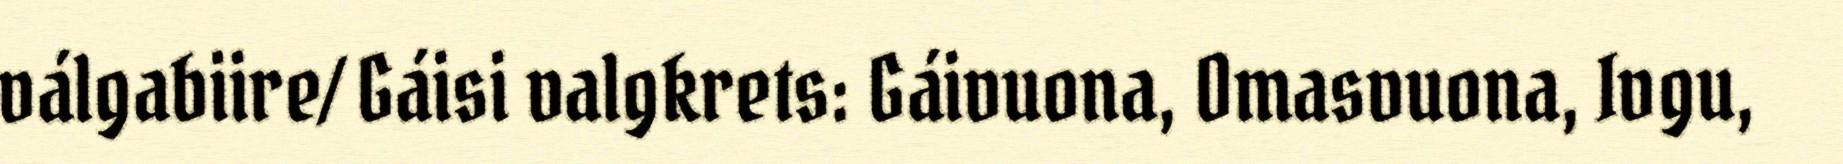
válgabiire/ Gáisi valgkrets: Gáivuona, Omasvuona, Ivgu,